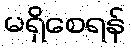
မရှိစေရန်